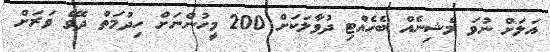
އަލަށް ނުވަ މެޝިނެއް ބެހެއްޓި ދުވާލަކަށް 200 މީހުންނަށް ހިދުމަތް ދެވޭ ވަރަށް